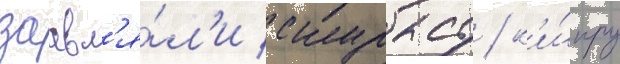
заавл'я́л'и скурасу / к'и́пру